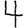
Digit: 4